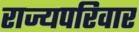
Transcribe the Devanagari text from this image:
राज्यपरिवार